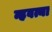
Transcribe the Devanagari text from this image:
न्हवत्या